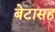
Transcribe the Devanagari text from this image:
बेटासह